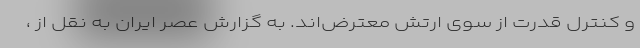
و کنترل قدرت از سوی ارتش معترض‌اند. به گزارش عصر ایران به نقل از ،